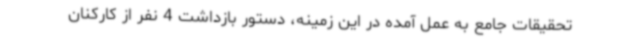
تحقیقات جامع به عمل آمده در این زمینه، دستور بازداشت 4 نفر از کارکنان